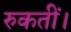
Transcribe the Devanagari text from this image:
रुकतीं।